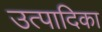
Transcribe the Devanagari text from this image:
उत्पादिका